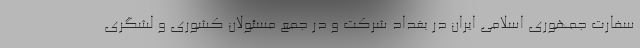
سفارت جمهوری اسلامی ایران در بغداد شرکت و در جمع مسئولان کشوری و لشگری